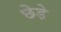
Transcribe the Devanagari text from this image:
छेडे़